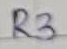
Text: R3